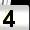
Digit: 4